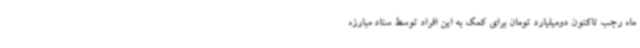
ماه رجب تاکنون دومیلیارد تومان برای کمک به این افراد توسط ستاد مبارزه